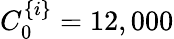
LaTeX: C_{0}^{\{ i\} }=12,000